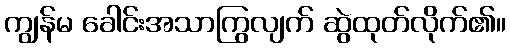
ကျွန်မ ခေါင်းအသာကြွလျက် ဆွဲထုတ်လိုက်၏။